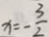
x = - \frac { 3 } { 2 }